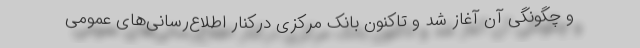
و چگونگی آن آغاز شد و تاکنون بانک مرکزی درکنار اطلاع‌رسانی‌های عمومی